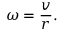
\omega = { \frac { v } { r } } .